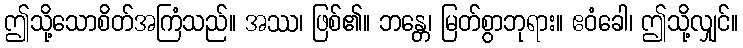
ဤသို့သောစိတ်အကြံသည်။ အဿ၊ ဖြစ်၏။ ဘန္တေ၊ မြတ်စွာဘုရား။ ဧဝံခေါ၊ ဤသို့လျှင်။